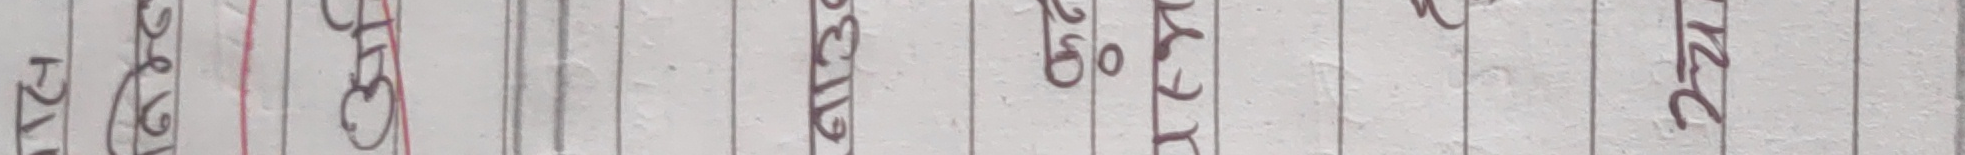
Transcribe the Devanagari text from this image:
२बजाय
गरिब
श्रम
२०५
प्रेम
२०६
अभियन्ता
मण्डल
अधिकार
२०७